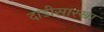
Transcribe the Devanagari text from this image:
दाडीसारखा